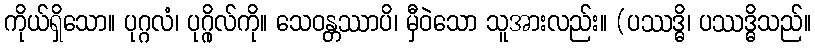
ကိုယ်ရှိသော။ ပုဂ္ဂလံ၊ ပုဂ္ဂိုလ်ကို။ သေဝန္တဿာပိ၊ မှီဝဲသော သူအားလည်း။ (ပဿဒ္ဓိ၊ ပဿဒ္ဓိသည်။